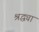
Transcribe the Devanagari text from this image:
श्रद्ध्या